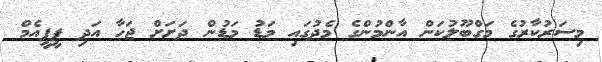
މިސަރުކާރުގެ މަގްބޫލުކަން އާންމުންގެ މެދުގައި މަޑު މަޑުން ދަށަށް ޖަހާ އަދި ޕީޕީއެމް